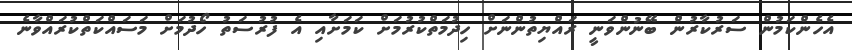
އެހެންކަމުން ސަރުކާރުން ބޭނުންވަނީ ރައްޔިތުންނަށް ހިދުމަތްކުރުމަށް ކަމަށާއި އެ ފުރުސަތު ހޯދުމަށް މަސައްކަތްކުރައްވާނެ